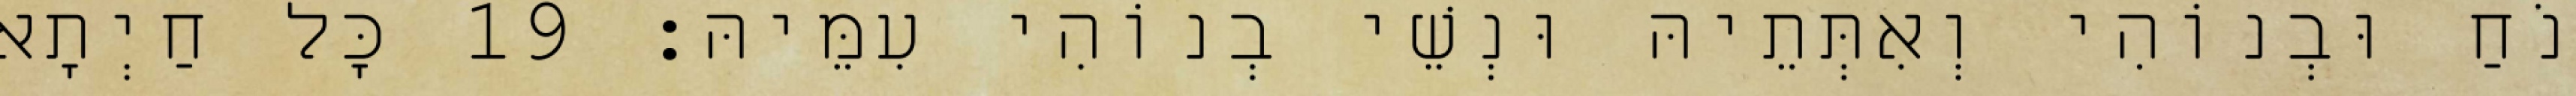
נֹחַ וּבְנוֹהִי וְאִתְּתֵיהּ וּנְשֵׁי בְנוֹהִי עִמֵּיהּ׃ 19 כָּל חַיְתָא